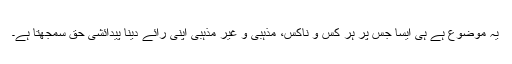
یہ موضوع ہے ہی ایسا جس پر ہر کس و ناکس، مذہبی و غیر مذہبی اپنی رائے دینا پیدائشی حق سمجھتا ہے۔